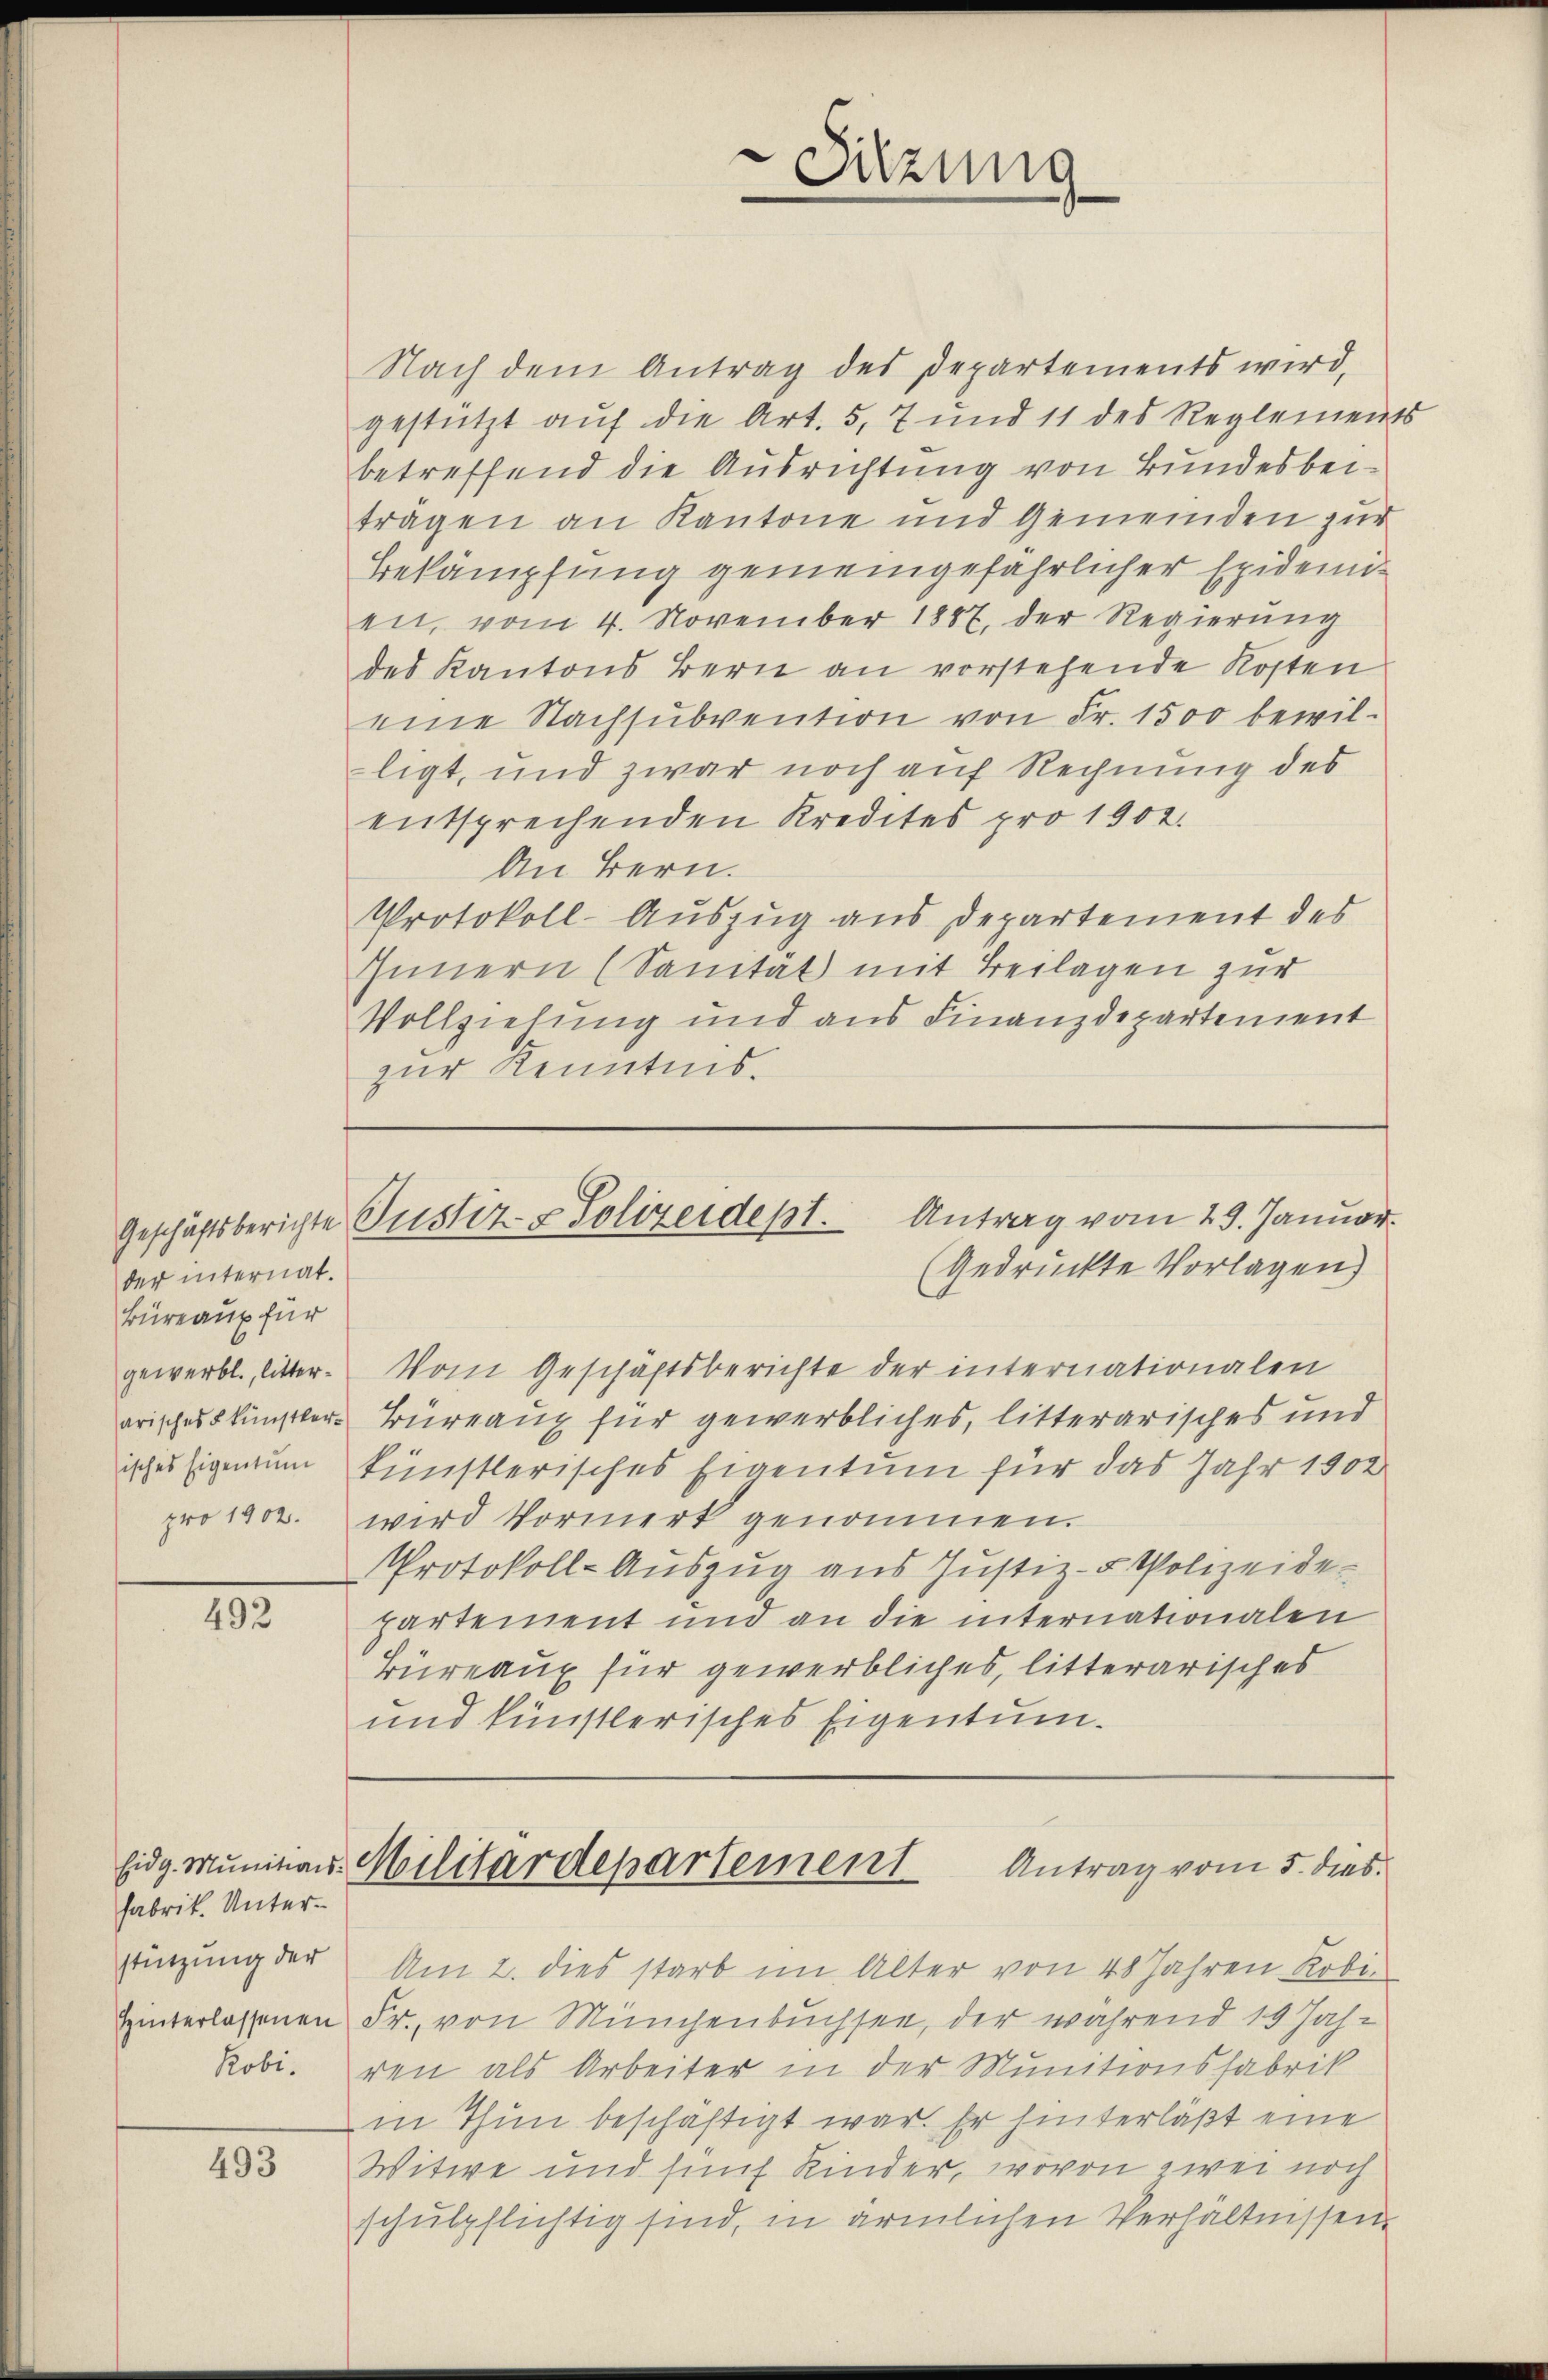
der internat.
Büreaux für
gewerbl., litterarisches künstler¬

492

Fabrik. Unterstützung der
Hinterlassenen

493

Sitzung
e

Nach dem Antrag des Departements wird,
gestützt auf die Art. 5, 7 und 11 des Reglements
betreffend die Ausrichtung von Bundesbeiträgen an Kantone und Gemeinden zur
Bekämpfung gemeingefährlicher Epidemien, vom 4. November 1887, der Regierung
des Kantons Bern an vorstehende Kosten
eine Nachsubvention von Fr. 1500 bewilligt, und zwar noch auf Rechnung des
entsprechenden Kredites pro 1902.
An Bern.
Protokoll-Auszug aus Departement des
Innern (Sanität mit Beilagen zur
Vollziehung und aus Finanzdepartement
zur Kenntnis.

Antrag vom 29. Januar.
Geschäftsberichte Justiz- & Polizeidest.
(Gedruckte Vorlagen)

Vom Geschäftsberichte der internationalen
Büreaux für gewerbliches, litterarisches und
isches Eigentum künstlerisches Eigentum für das Jahr 1902
pro 1902. wird Vormerk genommen.
Protokoll-Auszug aus Justiz- & Polizeidepartement und an die internationalen
Büreaux für gewerbliches, litterarisches
und künstlerisches Eigentum.

Eidg. Munitions-Militärdepartement Antrag vom 5. dies

Am 2. dies starb im Alter von 48 Jahren Robi-
Fr., von Münchenbuchsee, der während 19 Jah¬
Robi. den als Arbeiter in der Munitionsfabrik
in Thun beschäftigt war. Er hinterläßt eine
Witwe und fünf Kinder, wovon zwei noch
schulpflichtig sind, in ärmlichen Verhältnissen